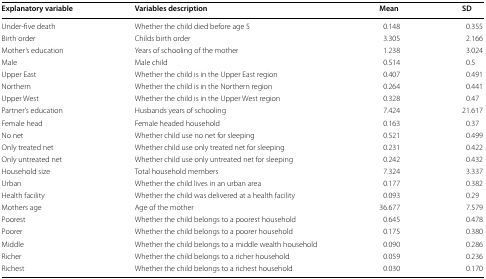
| Explanatory variable | Variables description | Mean | SD |
 | --- | --- | --- | --- |
 | Under-five death | Whether the child died before age 5 | 0.148 | 0.355 |
 | Birth order | Childs birth order | 3.305 | 2.166 |
 | Mother’s education | Years of schooling of the mother | 1.238 | 3.024 |
 | Male | Male child | 0.514 | 0.5 |
 | Upper East | Whether the child is in the Upper East region | 0.407 | 0.491 |
 | Northern | Whether the child is in the Northern region | 0.264 | 0.441 |
 | Upper West | Whether the child is in the Upper West region | 0.328 | 0.47 |
 | Partner’s education | Husbands years of schooling | 7.424 | 21.617 |
 | Female head | Female headed household | 0.163 | 0.37 |
 | No net | Whether child use no net for sleeping | 0.521 | 0.499 |
 | Only treated net | Whether child use only treated net for sleeping | 0.231 | 0.422 |
 | Only untreated net | Whether child use only untreated net for sleeping | 0.242 | 0.432 |
 | Household size | Total household members | 7.324 | 3.337 |
 | Urban | Whether the child lives in an urban area | 0.177 | 0.382 |
 | Health facility | Whether the child was delivered at a health facility | 0.093 | 0.29 |
 | Mothers age | Age of the mother | 36.677 | 7.579 |
 | Poorest | Whether the child belongs to a poorest household | 0.645 | 0.478 |
 | Poorer | Whether the child belongs to a poorer household | 0.175 | 0.380 |
 | Middle | Whether the child belongs to a middle wealth household | 0.090 | 0.286 |
 | Richer | Whether the child belongs to a richer household | 0.059 | 0.236 |
 | Richest | Whether the child belongs to a richest household | 0.030 | 0.170 |